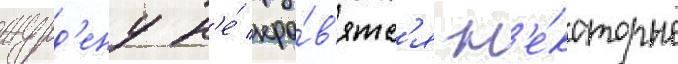
журд'ену н'е́ нра́в'ятс'я н'е́которые